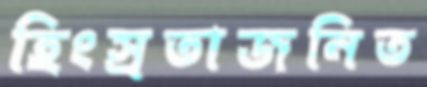
হিংস্রতাজনিত